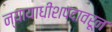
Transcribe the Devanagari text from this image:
न्यायाधीशपदावरून